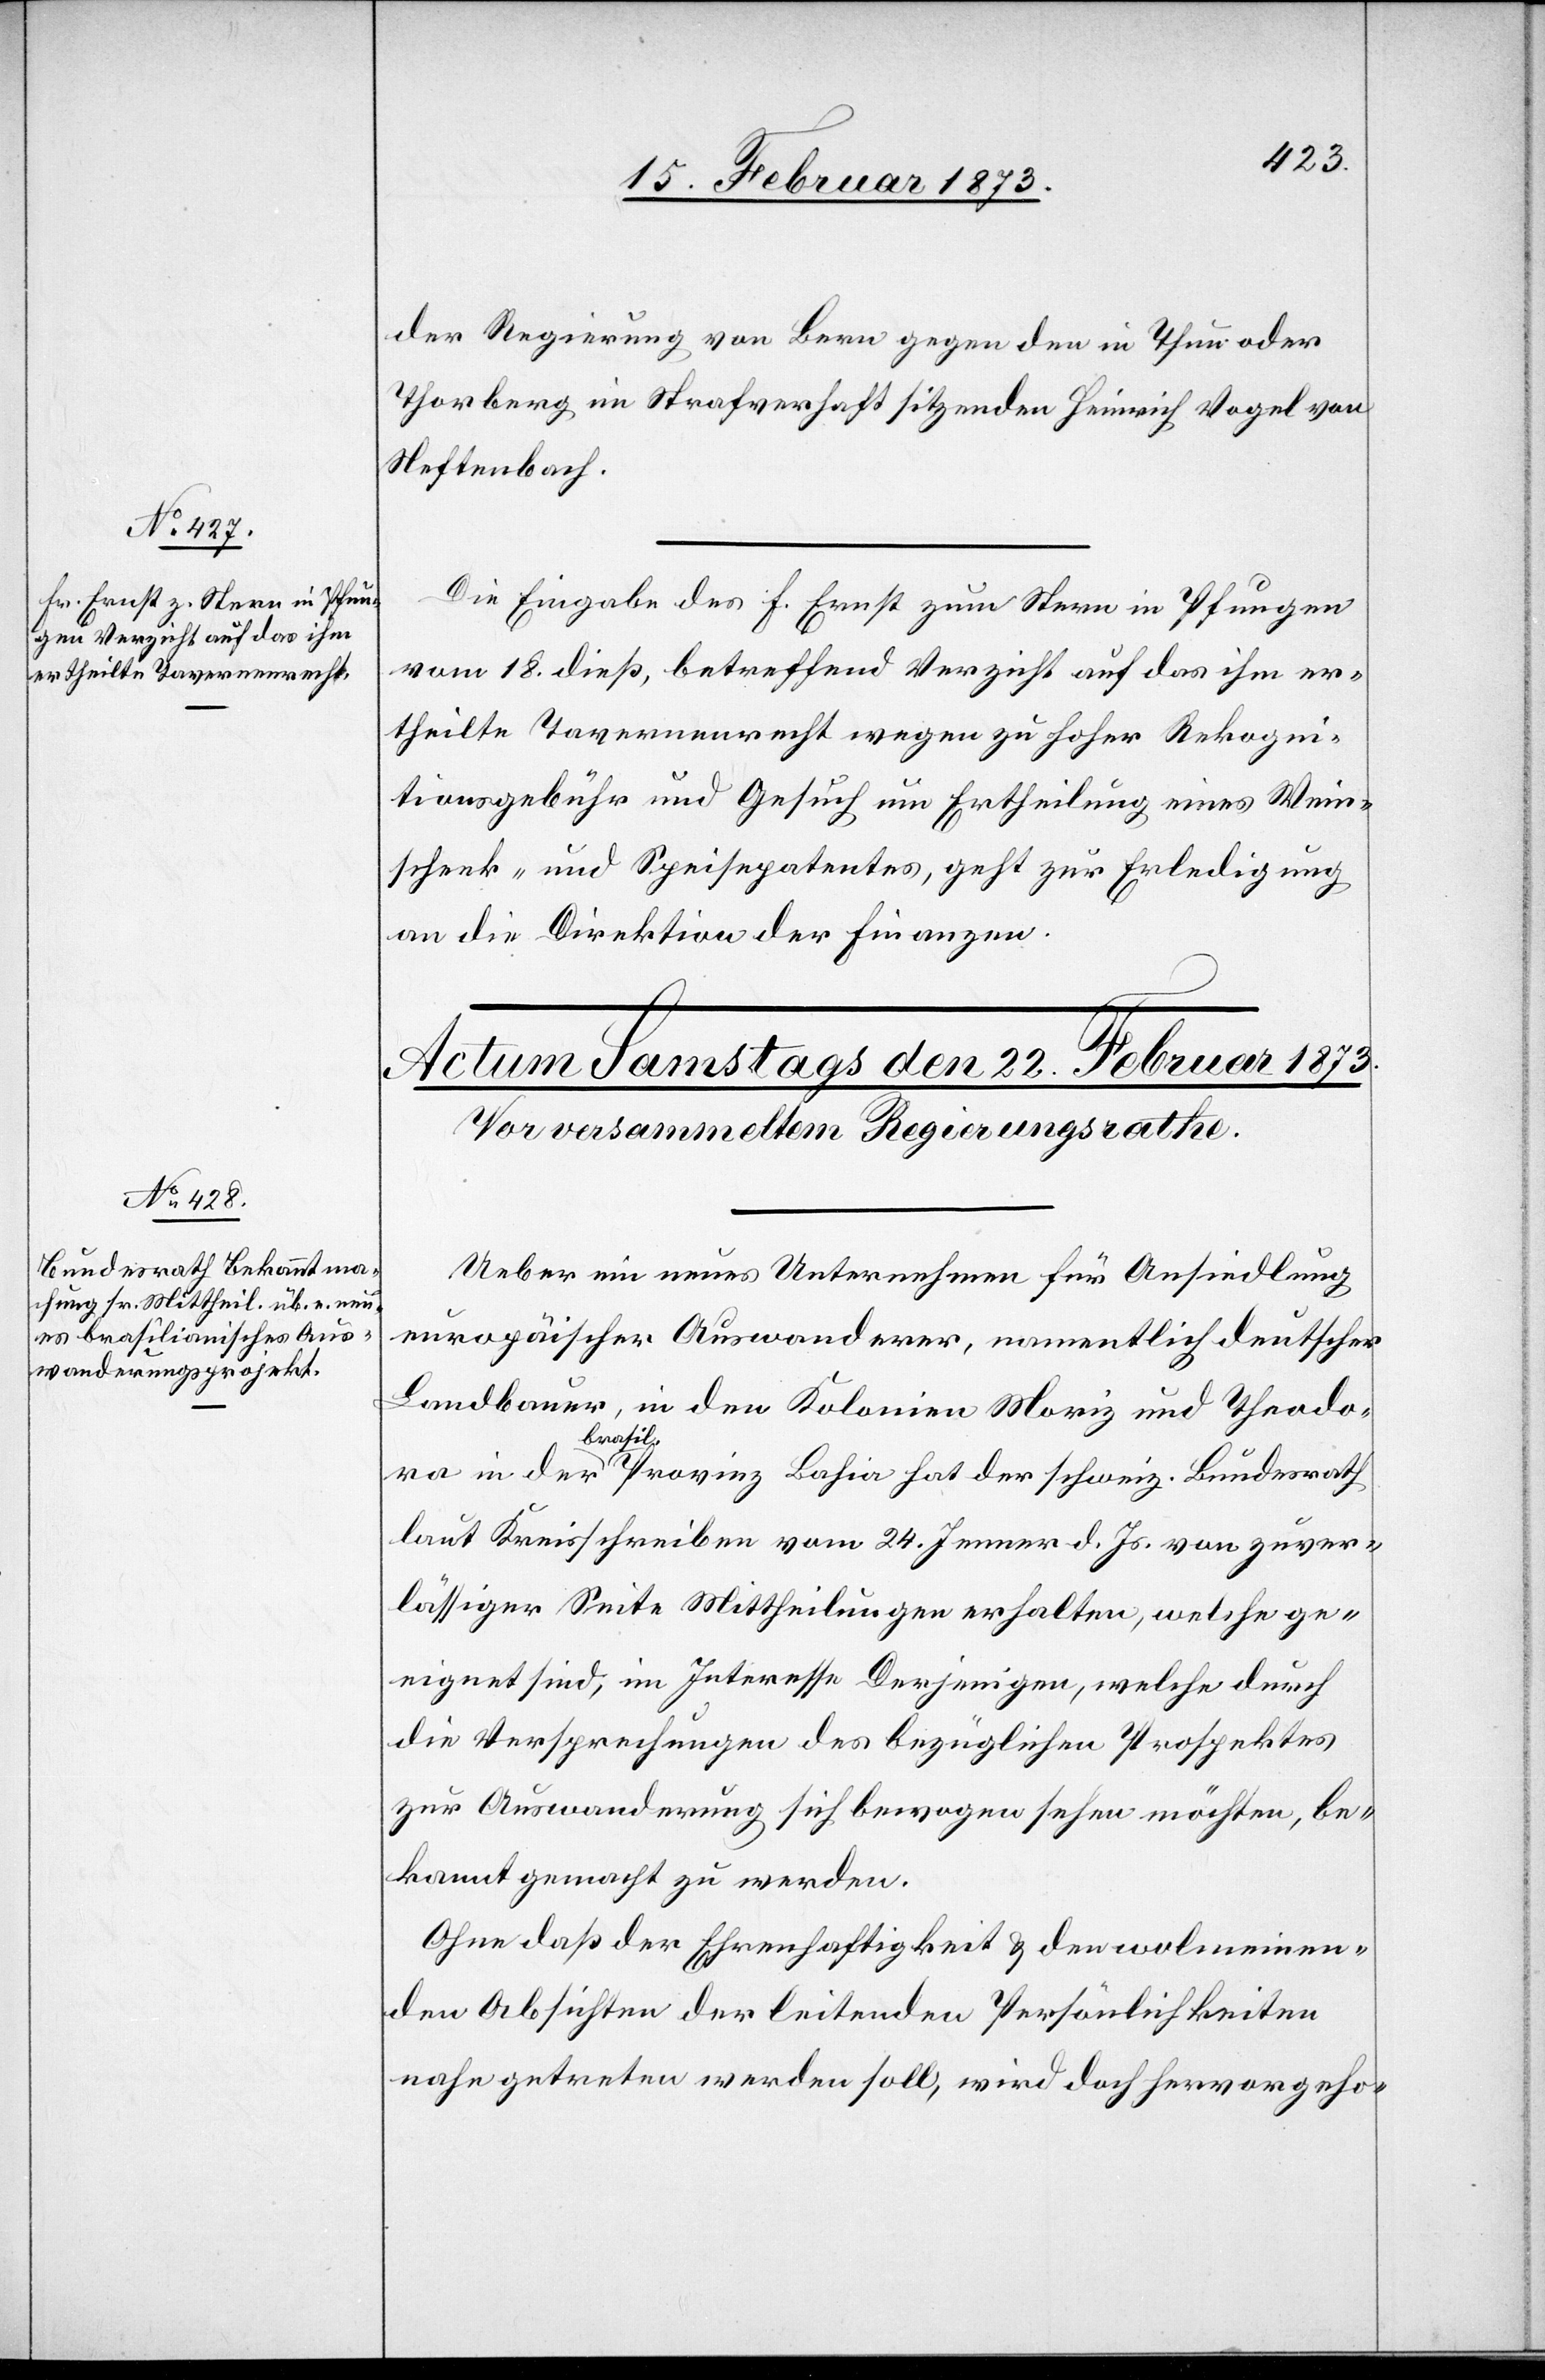
21. Februar 1873.]
der Regierung von Bern gegen den in Thun oder
Thorberg in Strafverhaft sitzenden Heinrich Vogel von
Neftenbach.
Die Eingabe des F. Ernst zum Stern in Pfungen
vom 18. dieß, betreffend Verzicht auf das ihm er¬
theilte Tavernenrecht wegen zu hoher Rekogni¬
tionsgebühr und Gesuch um Ertheilung eines Wein¬
schenk- und Speisepatentes, geht zur Erledigung
an die Direktion der Finanzen.
Ueber ein neues Unternehmen für Ansiedlung
europäischer Auswanderer, namentlich deutscher
Landbauer in den Kolonien Moriz und Theodora
brasil.
laut Kreisschreiben vom 24. Jenner d. Js. von zuver¬
lässiger Seite Mittheilungen erhalten, welche ge¬
eignet sind, im Interesse Derjenigen, welche durch
die Versprechungen des bezüglichen Prospektes
zur Auswanderung sich bewegen sehen möchten, be¬
kannt gemacht zu werden.
Ohne daß der Ehrenhaftigkeit u. den wolmeinen¬
den Absichten der leitenden Persönlichkeiten
nahe getreten werden soll, wird doch hervorgeho-